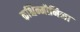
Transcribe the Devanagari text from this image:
कश्चिन्मौनिना